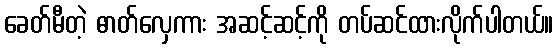
ခေတ်မီတဲ့ ဓာတ်လှေကား အဆင့်ဆင့်ကို တပ်ဆင်ထားလိုက်ပါတယ်။